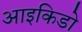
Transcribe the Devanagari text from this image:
आइकिडो